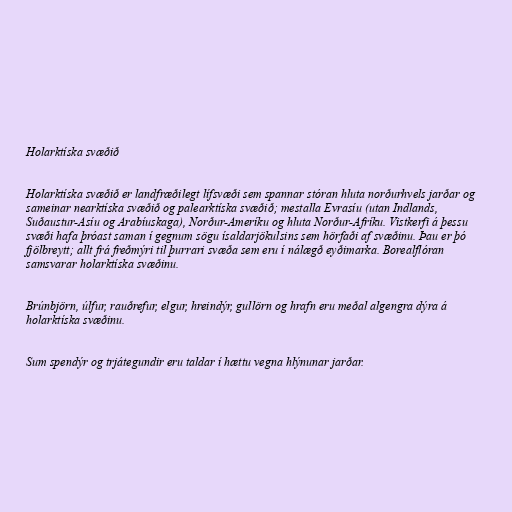
Holarktíska svæðið

Holarktíska svæðið er landfræðilegt lífsvæði sem spannar stóran hluta norðurhvels jarðar og
sameinar nearktíska svæðið og palearktíska svæðið; mestalla Evrasíu (utan Indlands,
Suðaustur-Asíu og Arabíuskaga), Norður-Ameríku og hluta Norður-Afríku. Vistkerfi á þessu
svæði hafa þróast saman í gegnum sögu ísaldarjökulsins sem hörfaði af svæðinu. Þau er þó
fjölbreytt; allt frá freðmýri til þurrari svæða sem eru í nálægð eyðimarka. Borealflóran
samsvarar holarktíska svæðinu.

Brúnbjörn, úlfur, rauðrefur, elgur, hreindýr, gullörn og hrafn eru meðal algengra dýra á
holarktíska svæðinu.

Sum spendýr og trjátegundir eru taldar í hættu vegna hlýnunar jarðar.